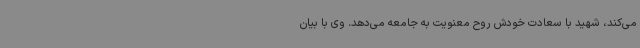
می‌کند، شهید با سعادت خودش روح معنویت به جامعه می‌دهد. وی با بیان